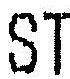
ST